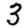
Digit: 3